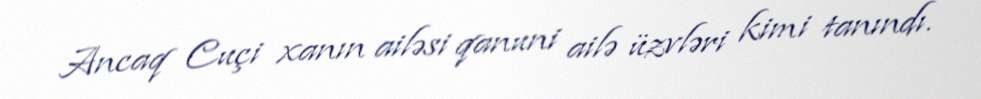
Ancaq Cuçi xanın ailəsi qanuni ailə üzvləri kimi tanındı.